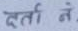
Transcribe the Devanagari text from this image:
दर्ता नं.